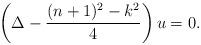
LaTeX: \begin{align*}\left(\Delta-\frac{(n+1)^2-k^2}{4}\right)u=0.\end{align*}